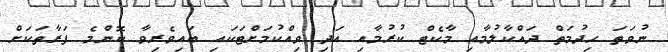
ނުވަތަ ހިދުމަތް ދައްކާލުމާއި މާކެޓް ކުރުމާއި އަދި ވިއްކުމަށްޓަކައި ބައިވެރިވާ ކޮންމެ ފަރާތަކަށް